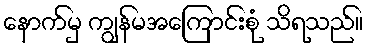
နောက်မှ ကျွန်မအကြောင်းစုံ သိရသည်။